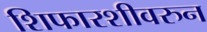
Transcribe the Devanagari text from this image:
शिफारशीवरुन